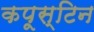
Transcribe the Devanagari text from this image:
कपूस्टिन